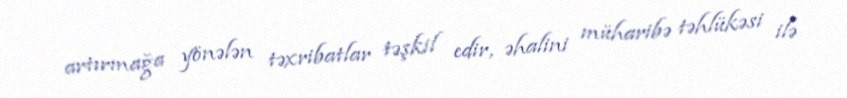
artırmağa yönələn təxribatlar təşkil edir, əhalini müharibə təhlükəsi ilə